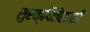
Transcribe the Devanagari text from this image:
सुरक्षितेसाठी